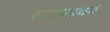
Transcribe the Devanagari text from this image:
राउण्डवर्म